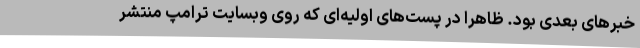
خبرهای بعدی بود. ظاهراً در پست‌های اولیه‌ای که روی وبسایت ترامپ منتشر